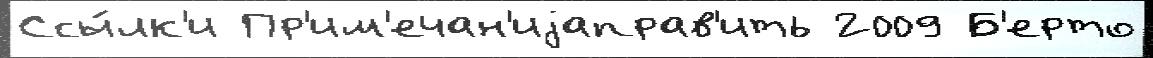
Ссы́лк'и Пр'им'ечан'иjаправ'ить 2009 Б'ерто